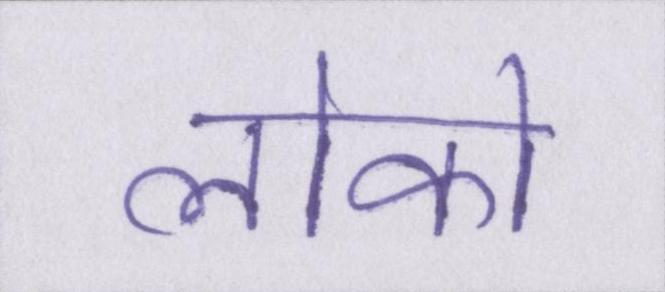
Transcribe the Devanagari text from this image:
लोको